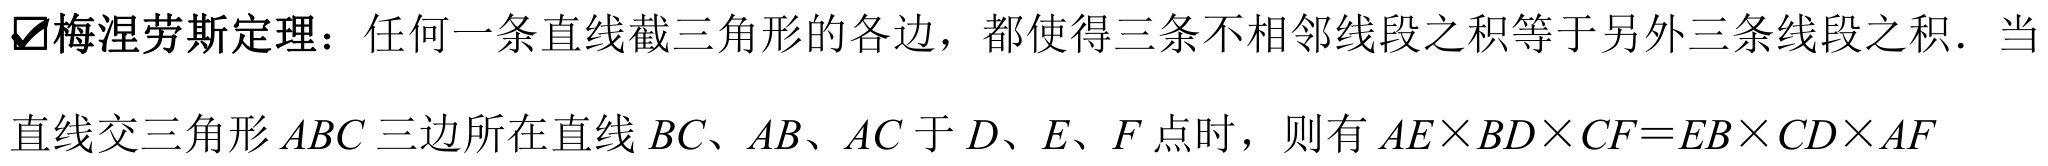
梅涅劳斯定理：任何一条直线截三角形的各边，都使得三条不相邻线段之积等于另外三条线段之积．当直线交三角形 \(ABC\) 三边所在直线 \(BC\)、\(AB\)、\(AC\) 于 \(D\)、\(E\)、\(F\) 点时，则有 \(AE\times BD\times CF = EB\times CD\times AF\)